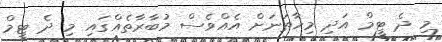
މި ދެ ޓީމް އަދި މިހާތަނަށް އެއްވެސް މުބާރާތެއްގައި މި ދެ ޓީމް